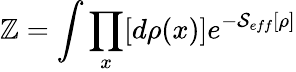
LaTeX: \mathbb{Z}=\int\prod_{x}[d\rho(x)]e^{-\mathcal{S}_{eff}[\rho]}